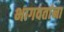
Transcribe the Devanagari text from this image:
भागवतांना